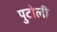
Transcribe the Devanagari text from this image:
पुटोली